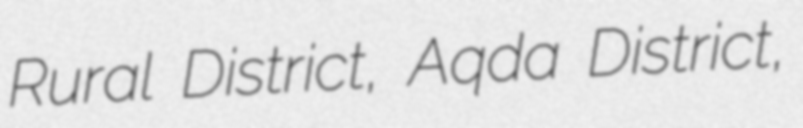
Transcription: Rural District, Aqda District,